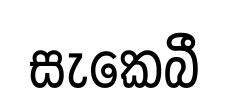
සැකෙබී